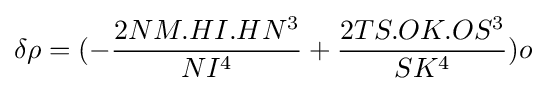
\delta \rho =(-{\frac {2NM.HI.HN^{3}}{NI^{4}}}+{\frac {2TS.OK.OS^{3}}{SK^{4}}})o